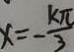
x = - \frac { k \pi } { 3 }